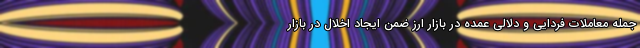
جمله معاملات فردایی و دلالی عمده در بازار ارز ضمن ایجاد اخلال در بازار